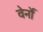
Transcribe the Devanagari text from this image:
वेर्नों